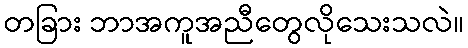
တခြား ဘာအကူအညီတွေလိုသေးသလဲ။